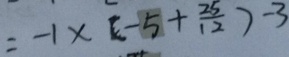
= - 1 \times ( - 5 + \frac { 2 5 } { 1 2 } ) - 3